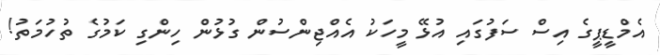
އެމްޑީޕީގެ އިސް ސަފުގައި އުޅޭ މީހަކު އެއްޖިންސުން ގުޅުން ހިންގި ކަމުގެ ތުހުމަތު!